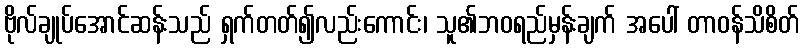
ဗိုလ်ချုပ်အောင်ဆန်းသည် ရှက်တတ်၍လည်းကောင်း၊ သူ၏ဘဝရည်မှန်းချက် အပေါ် တာဝန်သိစိတ်